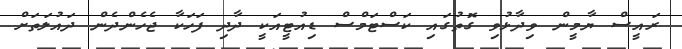
ރައީސް ޔާމީން ވިދާޅުވި ގޮތުގައި ކަސްޓަމްސް ޑިއުޓީއަކީ ދާދި ފަހަކާ ޖެހެންދެން ދައުލަތަށް